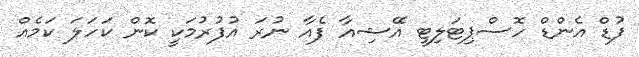
ފުޑް އެންޑް ހޮސްޕިޓަލިޓީ އޭޝިއާ ފެއާ ނުރަ އުފުރުމަކީ ކޮން ކަހަލަ ކަމެއް